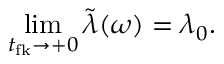
\operatorname* { l i m } _ { t _ { \mathrm { f k } } \rightarrow + 0 } \tilde { \lambda } ( \omega ) = \lambda _ { 0 } .